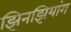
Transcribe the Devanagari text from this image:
झिनझियांग